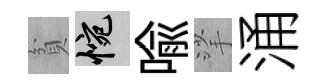
貧惋喻挲涌